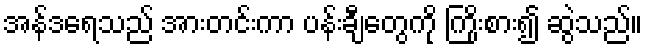
အန်ဒရေသည် အားတင်းကာ ပန်းချီတွေကို ကြိုးစား၍ ဆွဲသည်။